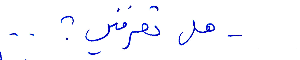
هل تعرفني؟